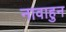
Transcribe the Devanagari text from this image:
नावाहुन